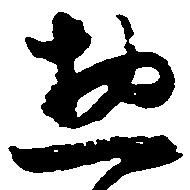
惣